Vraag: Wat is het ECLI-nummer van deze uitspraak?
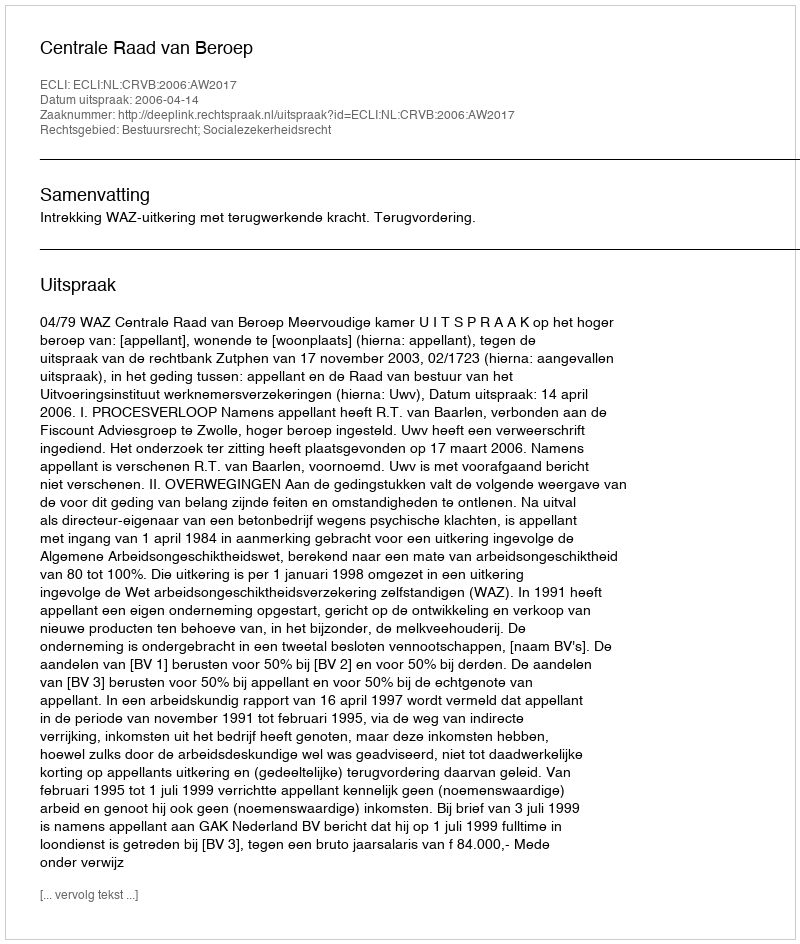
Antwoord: ECLI:NL:CRVB:2006:AW2017